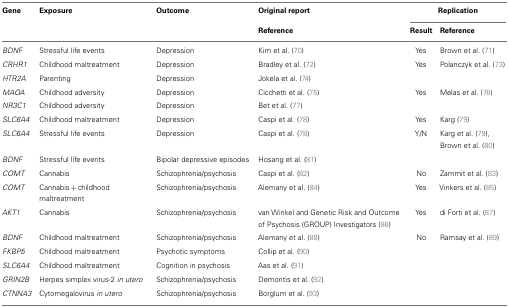
<table><thead><tr><td><b>Gene</b></td><td><b>Exposure</b></td><td><b>Outcome</b></td><td><b>Original report</b></td><td colspan="2"><b>Replication</b></td></tr><tr><td></td><td></td><td></td><td><b>Reference</b></td><td><b>Result</b></td><td><b>Reference</b></td></tr></thead><tbody><tr><td><i>BDNF</i></td><td>Stressful life events</td><td>Depression</td><td>Kim et al. (70)</td><td>Yes</td><td>Brown et al. (71)</td></tr><tr><td><i>CRHR1</i></td><td>Childhood maltreatment</td><td>Depression</td><td>Bradley et al. (72)</td><td>Yes</td><td>Polanczyk et al. (73)</td></tr><tr><td><i>HTR2A</i></td><td>Parenting</td><td>Depression</td><td>Jokela et al. (74)</td><td></td><td></td></tr><tr><td><i>MAOA</i></td><td>Childhood adversity</td><td>Depression</td><td>Cicchetti et al. (75)</td><td>Yes</td><td>Melas et al. (76)</td></tr><tr><td><i>NR3C1</i></td><td>Childhood adversity</td><td>Depression</td><td>Bet et al. (77)</td><td></td><td></td></tr><tr><td><i>SLC6A4</i></td><td>Childhood maltreatment</td><td>Depression</td><td>Caspi et al. (78)</td><td>Yes</td><td>Karg (79)</td></tr><tr><td><i>SLC6A4</i></td><td>Stressful life events</td><td>Depression</td><td>Caspi et al. (78)</td><td>Y/N</td><td>Karg et al. (79), Brown et al. (80)</td></tr><tr><td><i>BDNF</i></td><td>Stressful life events</td><td>Bipolar depressive episodes</td><td>Hosang et al. (81)</td><td></td><td></td></tr><tr><td><i>COMT</i></td><td>Cannabis</td><td>Schizophrenia/psychosis</td><td>Caspi et al. (82)</td><td>No</td><td>Zammit et al. (83)</td></tr><tr><td><i>COMT</i></td><td>Cannabis + childhood maltreatment</td><td>Schizophrenia/psychosis</td><td>Alemany et al. (84)</td><td>Yes</td><td>Vinkers et al. (85)</td></tr><tr><td><i>AKT1</i></td><td>Cannabis</td><td>Schizophrenia/psychosis</td><td>van Winkel and Genetic Risk and Outcome of Psychosis (GROUP) Investigators (86)</td><td>Yes</td><td>di Forti et al. (87)</td></tr><tr><td><i>BDNF</i></td><td>Childhood maltreatment</td><td>Schizophrenia/psychosis</td><td>Alemany et al. (88)</td><td>No</td><td>Ramsay et al. (89)</td></tr><tr><td><i>FKBP5</i></td><td>Childhood maltreatment</td><td>Psychotic symptoms</td><td>Collip et al. (90)</td><td></td><td></td></tr><tr><td><i>SLC6A4</i></td><td>Childhood maltreatment</td><td>Cognition in psychosis</td><td>Aas et al. (91)</td><td></td><td></td></tr><tr><td><i>GRIN2B</i></td><td>Herpes simplex virus-2 <i>in utero</i></td><td>Schizophrenia/psychosis</td><td>Demontis et al. (92)</td><td></td><td></td></tr><tr><td><i>CTNNA3</i></td><td>Cytomegalovirus <i>in utero</i></td><td>Schizophrenia/psychosis</td><td>Borglum et al. (93)</td><td></td><td></td></tr></tbody></table>